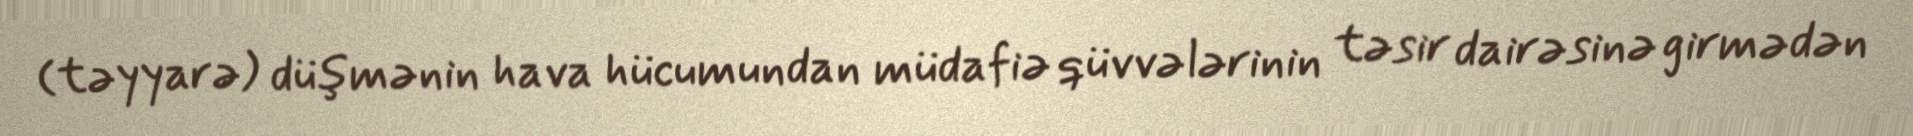
(təyyarə) düşmənin hava hücumundan müdafiə qüvvələrinin təsir dairəsinə girmədən